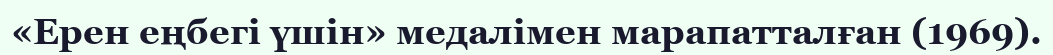
«Ерен еңбегі үшін» медалімен марапатталған (1969).